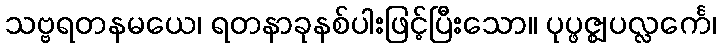
သဗ္ဗရတနမယေ၊ ရတနာခုနစ်ပါးဖြင့်ပြီးသော။ ပုပ္ဖဇ္ဈပလ္လင်္ကေ၊